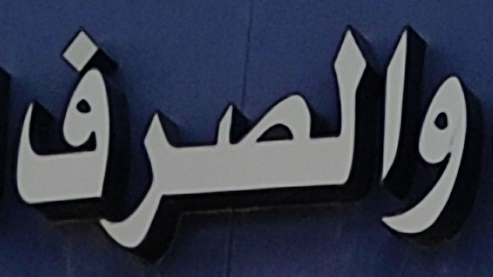
والصرف